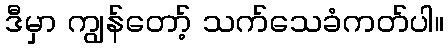
ဒီမှာ ကျွန်တော့် သက်သေခံကတ်ပါ။